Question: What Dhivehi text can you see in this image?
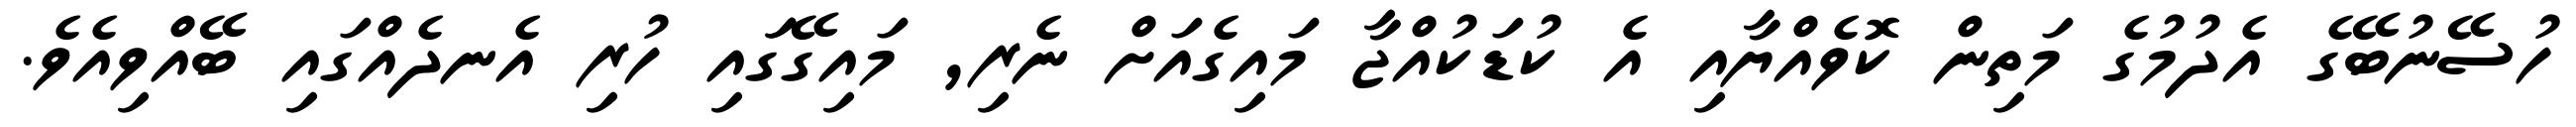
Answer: ހުސޭނުބޭގެ އެދުމުގެ މަތިން ކޮވެއްޔާއި އެ ކުޑަކުއްޖާ މައިގެއަށް ނެރި, މައިގޭގަައި ހުރި އެނދެއްގައި ބޭއްވިއެވެ.